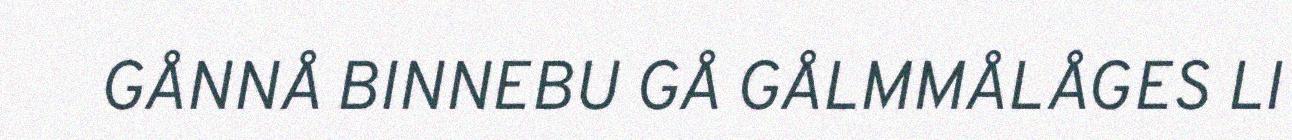
GÅNNÅ BINNEBU GÅ GÅLMMÅLÅGES LI